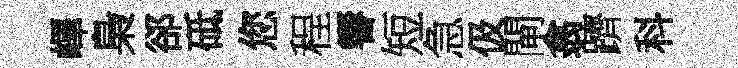
嶧梟郤砥您程響短急伋閘翕躋科